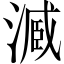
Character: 𣻟